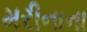
મરીનાના